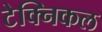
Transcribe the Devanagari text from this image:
टेक्‍निकल